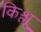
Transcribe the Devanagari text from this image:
किश्लू